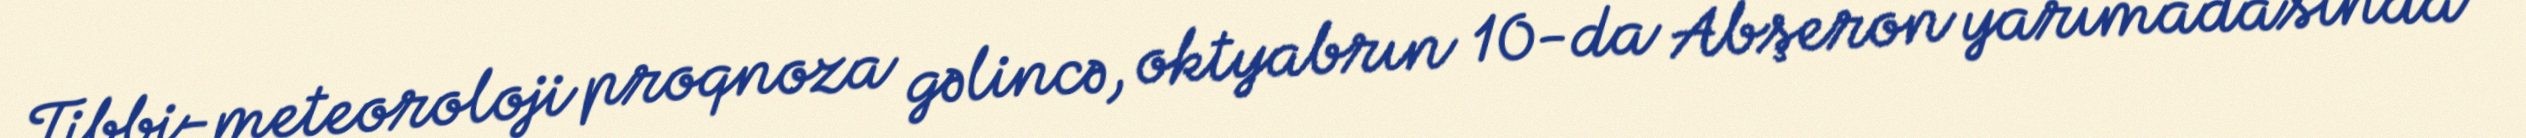
Tibbi-meteoroloji proqnoza gəlincə, oktyabrın 10-da Abşeron yarımadasında